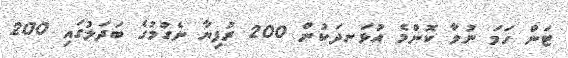
ޓަން ހަމަ ނުވާ ކޮންމެ އުޅަނދަކުން 200 ރުފިޔާ ނެގުމުގެ ބަދަލުގައި 200